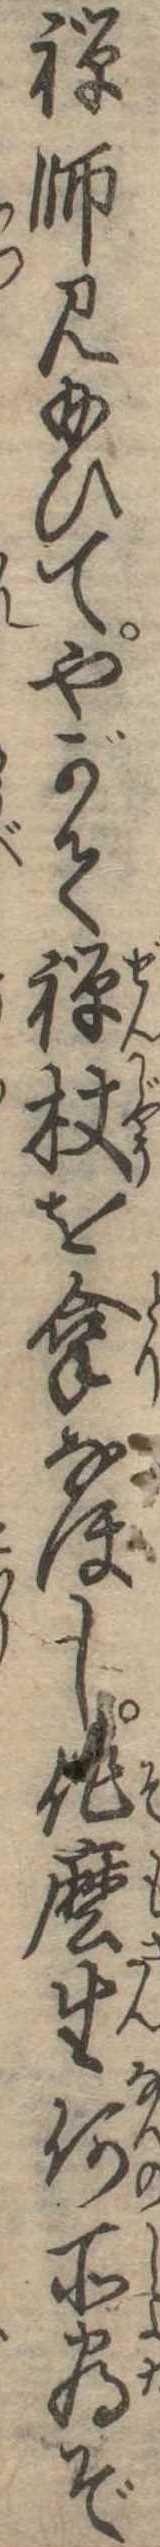
禅師見給ひてやがて禅杖を拿なほし作生何所為ぞ